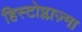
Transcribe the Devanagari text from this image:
हिस्टोप्लाज़्मा